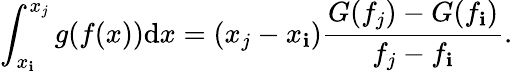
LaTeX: \int_{x_{\mathbf{i}}}^{x_{j}}g(f(x))\mathrm{{d}}x=(x_{j}-x_{\mathbf{i}})\frac{{G(f_{j})-G(f_{\mathbf{i}})}}{{f_{j}-f_{\mathbf{i}}}}.